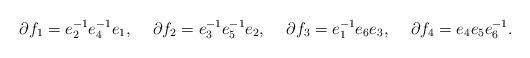
LaTeX: \begin{align*}\partial f_1 = e_2^{-1}e_4^{-1}e_1,\hskip 5mm\partial f_2 = e_3^{-1}e_5^{-1}e_2,\hskip 5mm\partial f_3 = e_1^{-1}e_6e_3,\hskip 5mm\partial f_4 = e_4e_5 e_6^{-1}.\end{align*}